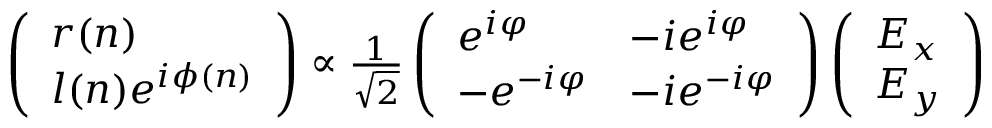
\begin{array} { r } { \left( \begin{array} { l } { r ( n ) } \\ { l ( n ) e ^ { i \phi ( n ) } } \end{array} \right) \propto \frac { 1 } { \sqrt { 2 } } \left( \begin{array} { l l } { e ^ { i \varphi } } & { - i e ^ { i \varphi } } \\ { - e ^ { - i \varphi } } & { - i e ^ { - i \varphi } } \end{array} \right) \left( \begin{array} { l } { E _ { x } } \\ { E _ { y } } \end{array} \right) } \end{array}